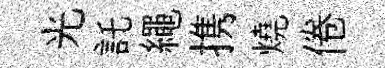
光託繩携燒倦